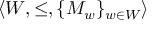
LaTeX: \langle W , \leq , \{ M _ { w } \} _ { w \in W } \rangle